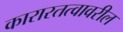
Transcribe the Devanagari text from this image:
कारारतत्वावरील